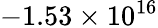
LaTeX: -1.53\times 10^{16}